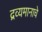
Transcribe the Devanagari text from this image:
द्रव्यमानाचे